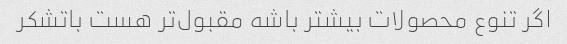
اگر تنوع محصولات بیشتر باشه مقبول‌تر هست باتشکر